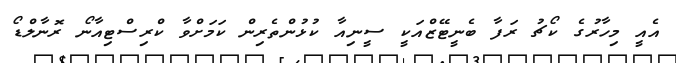
އެއީ މިހާރުގެ ކޯޗު ރަފާ ބެނީޓޭޒްއަކީ ސީނިއާ ކުޅުންތެރިން ކަމަށްވާ ކްރިސްޓިއާނޯ ރޮނާލްޑޯ